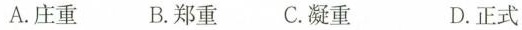
A.庄重 B.郑重 C.凝重 D.正式